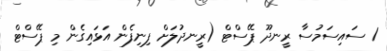
1 ސައިސަމުސާ ރީނދޫ ޕޭސްޓް (ރީނދުލަށް ފިނިފެން އަޅައިގެން މި ޕޭސްޓް